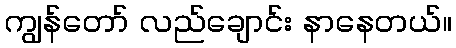
ကျွန်တော် လည်ချောင်း နာနေတယ်။